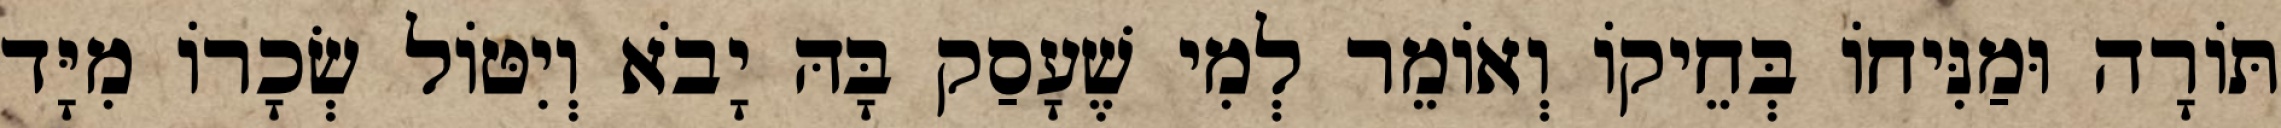
תּוֹרָה וּמַנִּיחוֹ בְּחֵיקוֹ וְאוֹמֵר לְמִי שֶׁעָסַק בָּהּ יָבֹא וְיִטּוֹל שְׂכָרוֹ מִיָּד